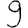
Digit: 9